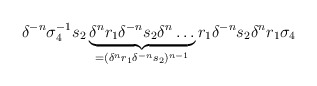
\begin{align*}\delta^{-n} \sigma_4^{-1} s_2 \underbrace{\delta^n r_1 \delta^{-n} s_2 \delta^n \dots}_{= (\delta^n r_1 \delta^{-n}s_2)^{n-1}} r_1 \delta^{-n} s_2 \delta^{n} r_1 \sigma_4\end{align*}